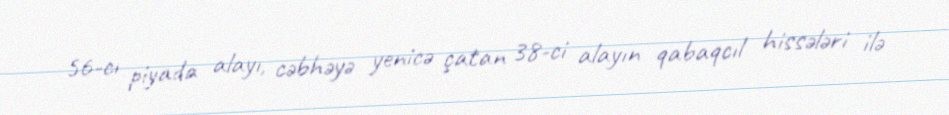
56-cı piyada alayı, cəbhəyə yenicə çatan 38-ci alayın qabaqcıl hissələri ilə